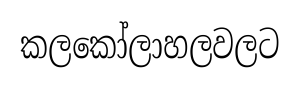
කලකෝලාහලවලට